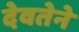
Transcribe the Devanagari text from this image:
देवतेने